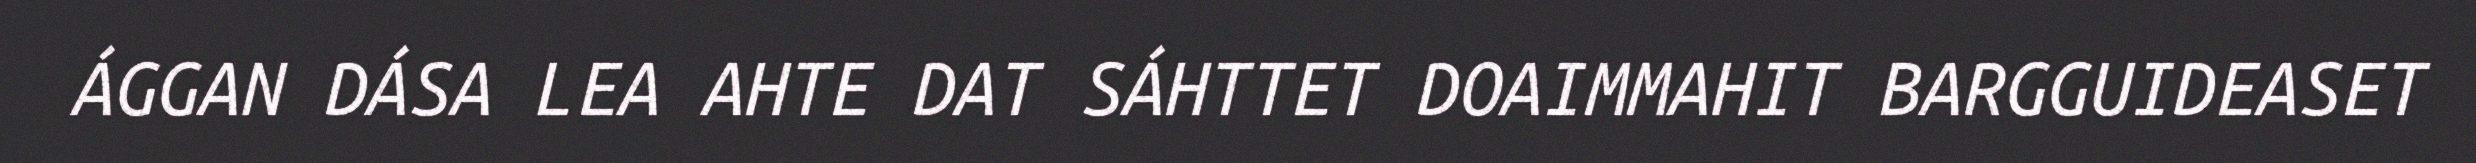
ÁGGAN DÁSA LEA AHTE DAT SÁHTTET DOAIMMAHIT BARGGUIDEASET